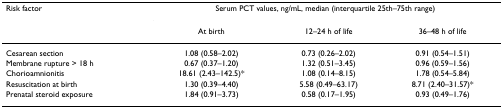
| Risk factor | <COLSPAN=3> Serum PCT values, ng/mL, median (interquartile 25th–75th range) |
 |  | At birth | 12–24 h of life | 36–48 h of life |
 | --- | --- | --- | --- |
 | Cesarean section | 1.08 (0.58–2.02) | 0.73 (0.26–2.02) | 0.91 (0.54–1.51) |
 | Membrane rupture > 18 h | 0.67 (0.37–1.20) | 1.32 (0.51–3.45) | 0.96 (0.59–1.56) |
 | Chorioamnionitis | 18.61 (2.43–142.5)* | 1.08 (0.14–8.15) | 1.78 (0.54–5.84) |
 | Resuscitation at birth | 1.30 (0.39–4.40) | 5.58 (0.49–63.17) | 8.71 (2.40–31.57)* |
 | Prenatal steroid exposure | 1.84 (0.91–3.73) | 0.58 (0.17–1.95) | 0.93 (0.49–1.76) |